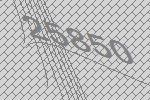
25850